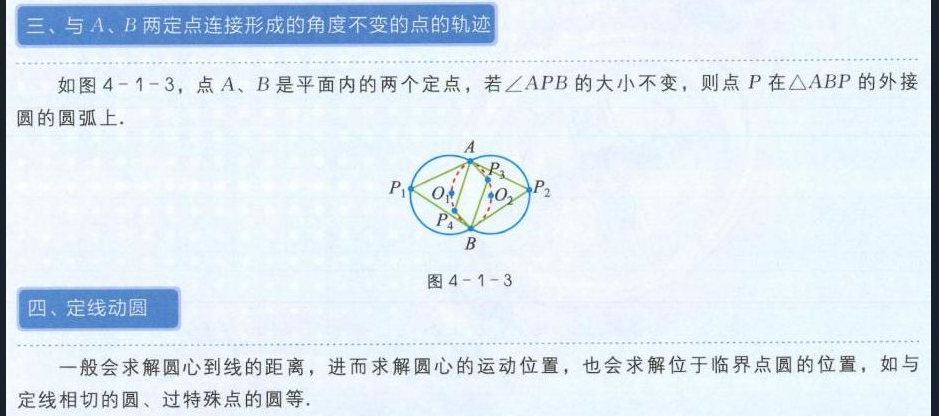
三、与\(A、B\)两定点连接形成的角度不变的点的轨迹
如图\(4 - 1 - 3\)，点\(A、B\)是平面内的两个定点，若\(\angle APB\)的大小不变，则点\(P\)在\(\triangle ABP\)的外接圆的圆弧上.

![图4 - 1 - 3](https://pic1.zhimg.com/v2-8c8765d879d87769d879876987987698_b.jpg)

四、定线动圆
一般会求解圆心到线的距离，进而求解圆心的运动位置，也会求解位于临界点圆的位置，如与定线相切的圆、过特殊点的圆等.